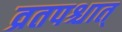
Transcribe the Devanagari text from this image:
व्रतपश्चात्‌